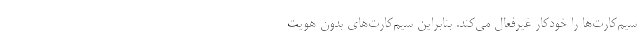
سیم‌کارت‌ها را خودکار غیرفعال می‌کند. بنابراین سیم‌کارت‌های بدون هویت